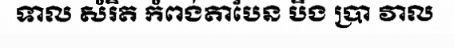
ទាល សំរិត កំពង់តាបែន បឹង ប្រា វាល